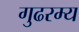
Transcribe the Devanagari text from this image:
गुढरम्य